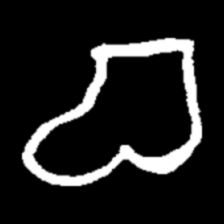
Pyu character \u2014 Myanmar letter: စ (romanized: ca)